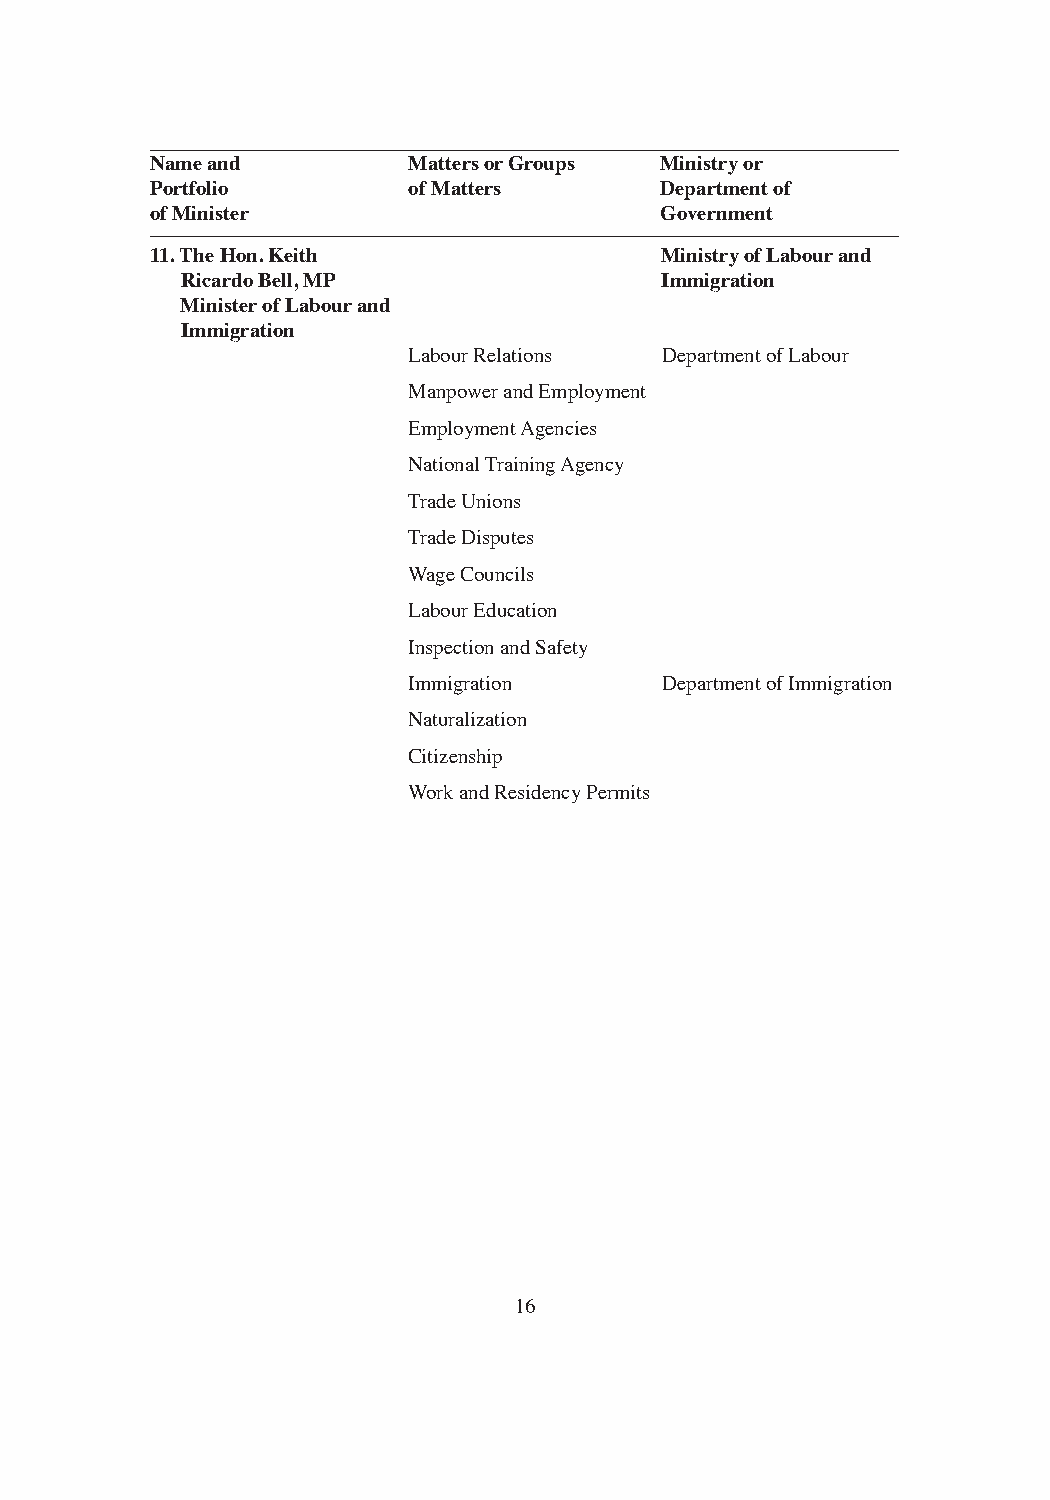
Name and         Matters or Groups Ministry or
 Portfolio        of Matters       Department of
 of Minister                       Government
 11. The Hon. Keith                Ministry of Labour and
 Ricardo Bell, MP                Immigration
 Minister of Labour and
 Immigration
 Labour Relations Department of Labour
 Manpower and Employment
 Employment Agencies
 National Training Agency
 Trade Unions
 Trade Disputes
 Wage Councils
 Labour Education
 Inspection and Safety
 Immigration      Department of Immigration
 Naturalization
 Citizenship
 Work and Residency Permits
 16